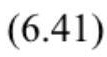
$(6.41)$